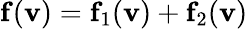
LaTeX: \mathbf{f}(\mathbf{v})=\mathbf{f}_{1}(\mathbf{v})+\mathbf{f}_{2}(\mathbf{v})